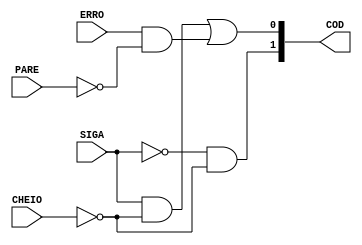
/*Codificando os estados da mquina principal em um sinal de 2 bits*/
module Codificador_Estados(COD, ERRO, PARE, SIGA, CHEIO);

	input ERRO, PARE, SIGA, CHEIO;
	output [1:0] COD;// sadas codificadas
	
	assign COD[1]= (~SIGA) & (~CHEIO);
	assign COD[0] = ((SIGA)&(~CHEIO))|((ERRO)&(~PARE));
	

endmodule